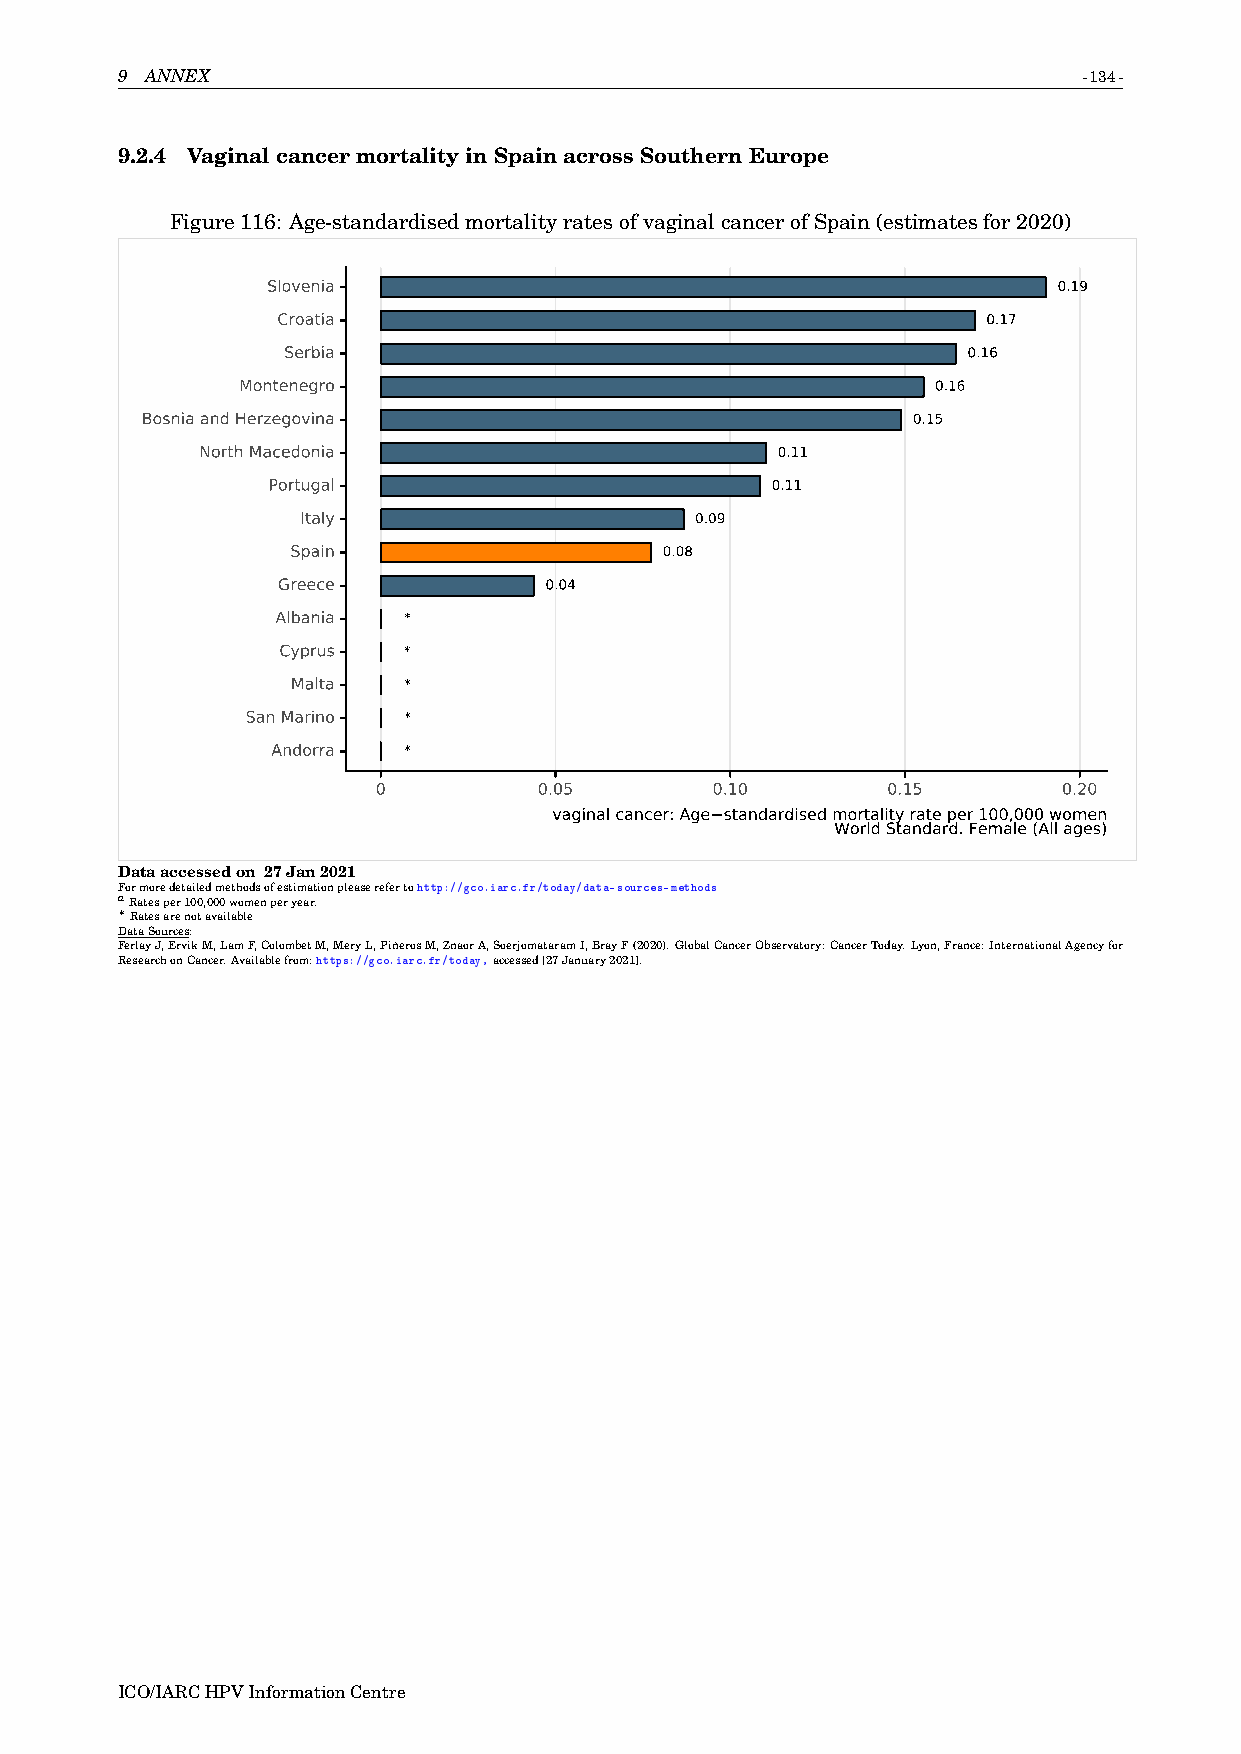
9 ANNEX                                                         -134-
 9.2.4 VaginalcancermortalityinSpainacrossSouthernEurope
 Figure116: Age-standardisedmortalityratesofvaginalcancerofSpain(estimatesfor2020)
 Slovenia                                            0.19
 Croatia                                        0.17
 Serbia                                       0.16
 Montenegro                                    0.16
 Bosnia and Herzegovina                             0.15
 North Macedonia                       0.11
 Portugal                         0.11
 Italy                     0.09
 Spain                    0.08
 Greece            0.04
 Albania  *
 Cyprus   *
 Malta   *
 San Marino *
 Andorra  *
 0          0.05       0.10        0.15       0.20
 vaginal cancer: Age standardised mortality rate per 100,000 women
 World Standard. Female (All ages)
 Dataaccessedon 27Jan2021
 Formoredetailedmethodsofestimationpleaserefertohttp://gco.iarc.fr/today/data-sources-methods
 aRatesper100,000womenperyear.
 ∗
 Ratesarenotavailable
 DataSources:
 FerlayJ,ErvikM,LamF,ColombetM,MeryL,PiñerosM,ZnaorA,SoerjomataramI,BrayF(2020).GlobalCancerObservatory:CancerToday.Lyon,France:InternationalAgencyfor
 ResearchonCancer.Availablefrom:https://gco.iarc.fr/today,accessed[27January2021].
 ICO/IARCHPVInformationCentre